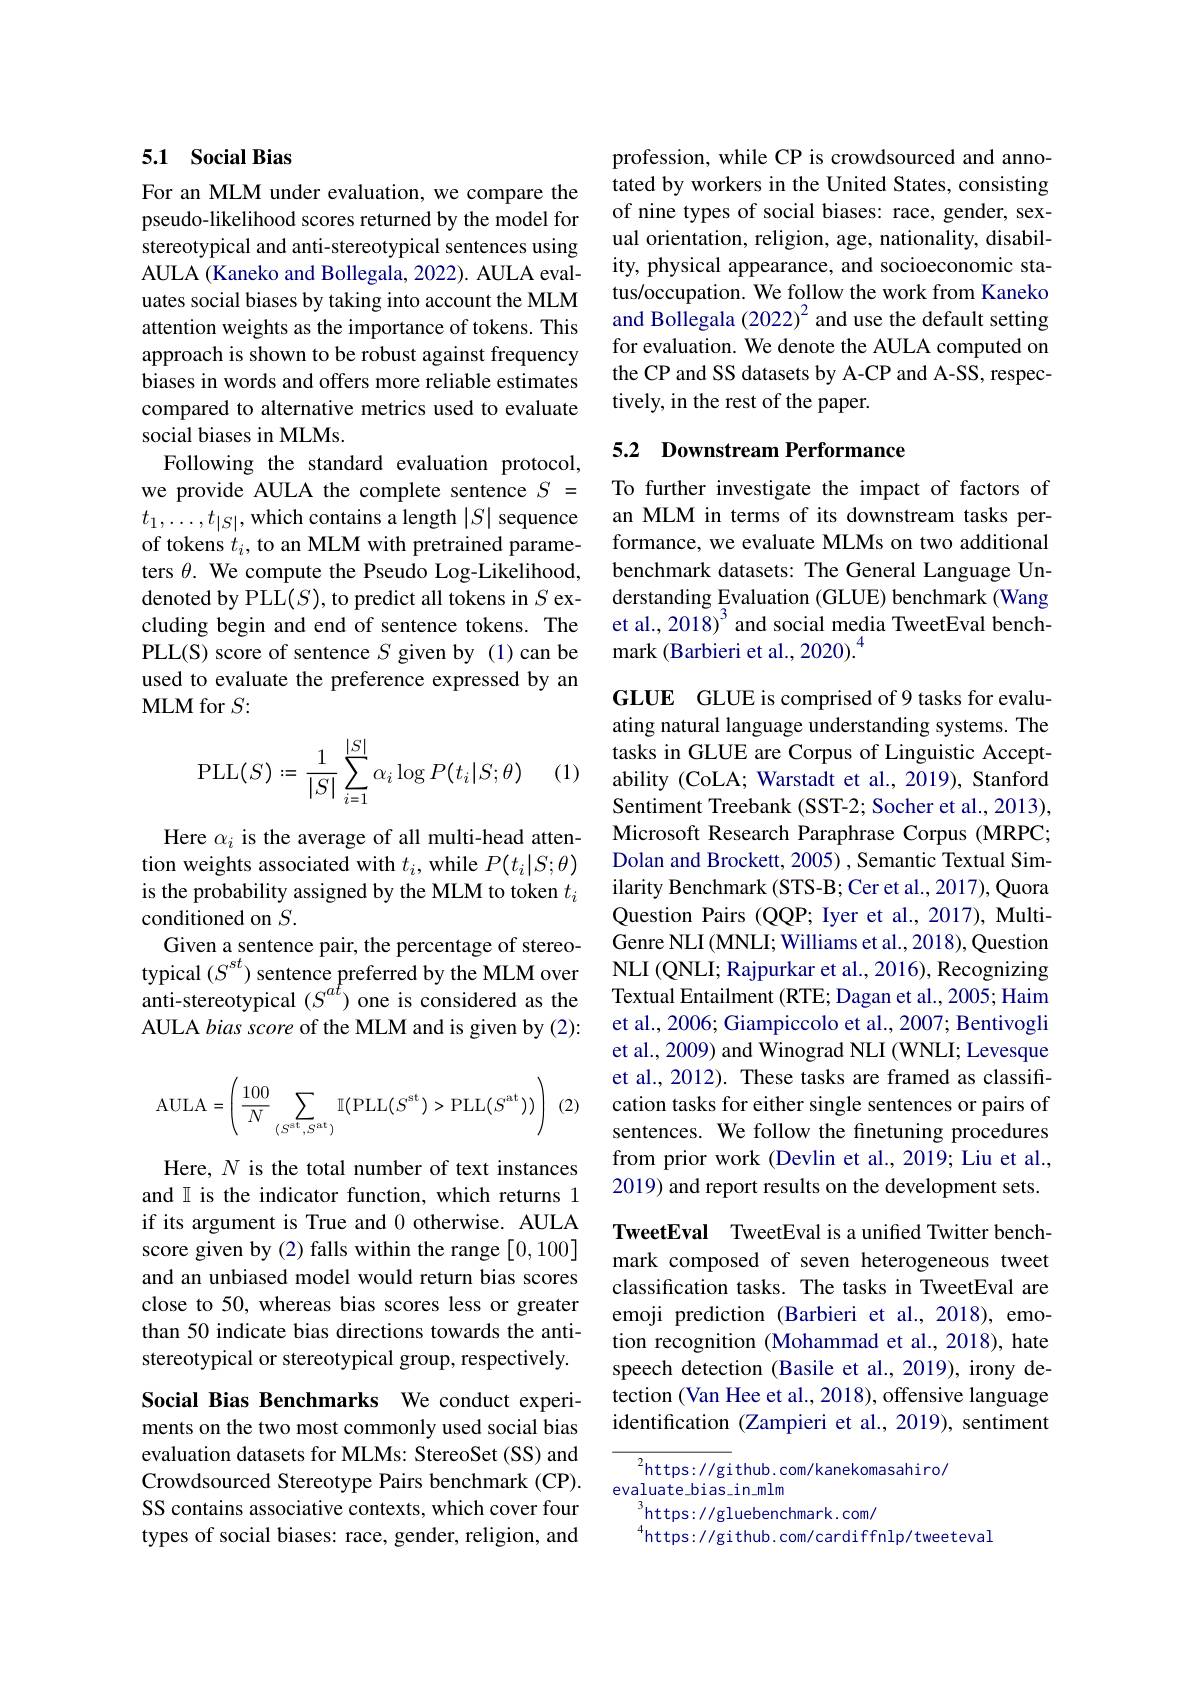
## 5.1 Social Bias

For an MLM under evaluation, we compare the pseudo-likelihood scores returned by the model for stereotypical and anti-stereotypical sentences using AULA (Kaneko and Bollegala, 2022). AULA evaluates social biases by taking into account the MLM attention weights as the importance of tokens. This approach is shown to be robust against frequency biases in words and offers more reliable estimates compared to alternative metrics used to evaluate social biases in MLMs.
Following the standard evaluation protocol, we provide AULA the complete sentence $S=$ $t_1,\ldots,t_{|S|}$, which contains a length $|S|$ sequence of tokens $t_i$, to an MLM with pretrained parameters $\theta.$ We compute the Pseudo Log-Likelihood, denoted by PLL$(S)$, to predict all tokens in $S$ excluding begin and end of sentence tokens. The PLL(S) score of sentence $S$ given by (1)can be used to evaluate the preference expressed by an ${\mathrm{MLM~for~}}S{:}$
$$\mathrm{PLL}(S):=\dfrac{1}{|S|}\sum_{i=1}^{|S|}\alpha_i\log P(t_i|S;\theta)$$
(1)

Here $\alpha_i$ is the average of all multi-head attention weights associated with $t_i$,while $P(t_i|S;\theta)$ is the probability assigned by the MLM to token $t_i$ conditioned on $S.$
Given a sentence pair, the percentage of stereotypical $(S^{st})$ sentence preferred by the MLM over anti-stereotypical $(S^{at})$ one is considered as the AULA bias score of the MLM and is given by (2):

(2)
$$\mathrm{AULA}=\left(\frac{100}{N}\sum_{(S^{\mathrm{et}},S^{\mathrm{at}})}\mathbb{I}(\mathrm{PLL}(S^{\mathrm{st}})>\mathrm{PLL}(S^{\mathrm{at}}))\right)$$
Here, $N$ is the total number of text instances and I is the indicator function, which returns 1 if its argument is True and 0 otherwise. AULA score given by (2) falls within the range [0,100] and an unbiased model would return bias scores close to 50, whereas bias scores less or greater than 50 indicate bias directions towards the antistereotypical or stereotypical group, respectively.

Social Bias Benchmarks We conduct experiments on the two most commonly used social bias evaluation datasets for MLMs: StereoSet (SS) and Crowdsourced Stereotype Pairs benchmark (CP). SS contains associative contexts, which cover four types of social biases: race, gender, religion, and

profession, while CP is crowdsourced and annotated by workers in the United States, consisting of nine types of social biases: race, gender, sexual orientation, religion, age, nationality, disability, physical appearance, and socioeconomic status/occupation. We follow the work from Kaneko and Bollegala (2022)$^{2}$ and use the default setting for evaluation. We denote the AULA computed on the CP and SS datasets by A-CP and A-SS, respectively, in the rest of the paper.

## 5.2 Downstream Performance

To further investigate the impact of factors of an MLM in terms of its downstream tasks performance, we evaluate MLMs on two additional benchmark datasets: The General Language Understanding Evaluation (GLUE) benchmark (Wang et al., 2018)$^3$ and social media TweetEval benchmark (Barbieri et al., 2020).$^{4}$

GLUE GLUE is comprised of 9 tasks for evaluating natural language understanding systems. The tasks in GLUE are Corpus of Linguistic Acceptability (CoLA; Warstadt et al., 2019), Stanford Sentiment Treebank (SST-2; Socher et al., 2013), Microsoft Research Paraphrase Corpus (MRPC; Dolan and Brockett, 2005) , Semantic Textual Similarity Benchmark (STS-B; Cer et al., 2017), Quora Question Pairs (QQP; Iyer et al., 2017), MultiGenre NLI (MNLI; Williams et al., 2018), Question NLI (QNLI; Rajpurkar et al., 2016), Recognizing Textual Entailment (RTE; Dagan et al., 2005; Haim et al., 2006; Giampiccolo et al., 2007; Bentivogli et al., 2009) and Winograd NLI (WNLI; Levesque et al., 2012). These tasks are framed as classification tasks for either single sentences or pairs of sentences. We follow the finetuning procedures from prior work (Devlin et al.,2019; Liu et al., 2019) and report results on the development sets.

TweetEval TweetEval is a unifred Twitter benchmark composed of seven heterogeneous tweet classification tasks. The tasks in TweetEval are emoji prediction (Barbieri et al.,2018), emotion recognition (Mohammad et al., 2018), hate speech detection (Basile et al., 2019), irony detection (Van Hee et al., 2018), offensive language identification (Zampieri et al., 2019), sentiment

$^2$https://github.com/kanekomasahiro/
evaluate\_bias\_in\_mlm
$^3$https: / gluebenchmark. com/
$^{4}$https://github.com/cardiffnlp/tweeteval